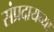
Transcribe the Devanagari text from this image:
संप्रदायच्या